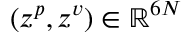
( z ^ { p } , z ^ { v } ) \in \mathbb { R } ^ { 6 N }